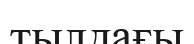
тылдағы